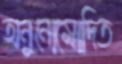
অনুনোমোদিত